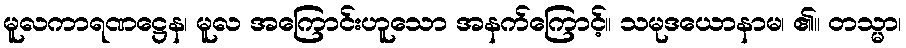
မူလကာရဏဋ္ဌေန၊ မူလ အကြောင်းဟူသော အနက်ကြောင့်။ သမုဒယောနာမ၊ ၏။ တသ္မာ၊